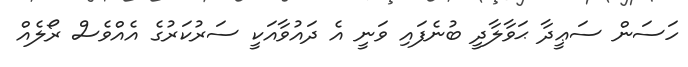
ހަސަން ސަޢީދާ ޙަވާލާދީ ބުނެފައި ވަނީ އެ ދައުވާއަކީ ސަރުކަރުގެ އެއްވެސް ރޯލެއް